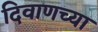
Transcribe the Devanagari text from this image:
दिवाणच्या